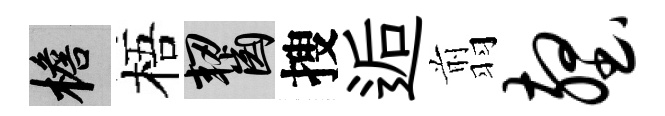
檐梧齧搜逅翦壑